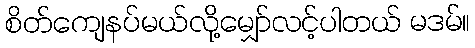
စိတ်ကျေနပ်မယ်လို့မျှော်လင့်ပါတယ် မဒမ်။